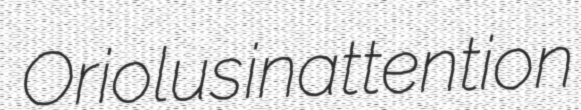
Oriolus inattention